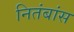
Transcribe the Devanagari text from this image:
नितंबांस